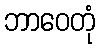
ဘာဝေတုံ